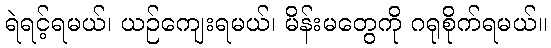
ရဲရင့်ရမယ်၊ ယဉ်ကျေးရမယ်၊ မိန်းမတွေကို ဂရုစိုက်ရမယ်။